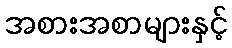
အစားအစာများနှင့်